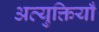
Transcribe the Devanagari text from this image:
अत्युक्तियाँ